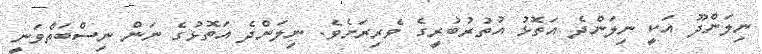
ނިލަންދޫ އަކީ ނިލަންދެ އަތޮޅު އުތުރުބުރީގެ ވެރިރަށެވެ. ނިލަންދެ އަތޮޅުގެ ނަން ނިސްބަތްވަނީ